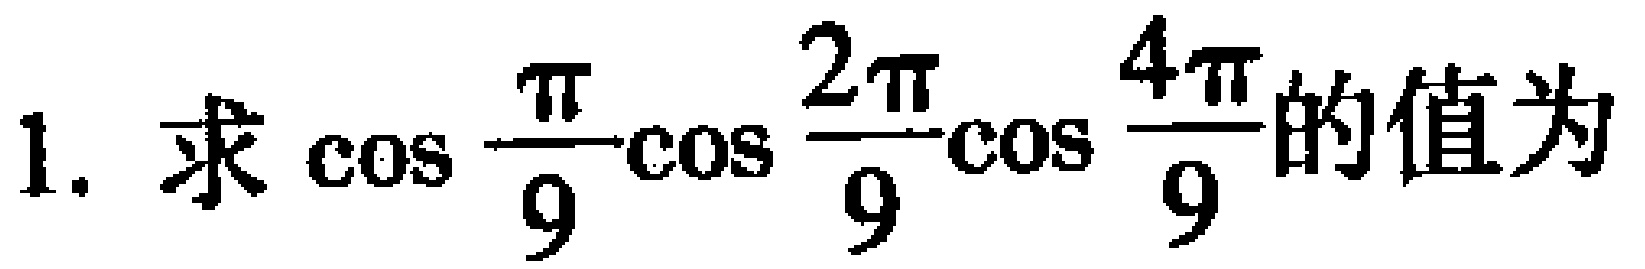
1. 求\(\cos\frac{\pi}{9}\cos\frac{2\pi}{9}\cos\frac{4\pi}{9}\)的值为